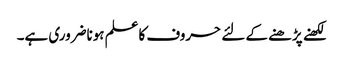
لکھنے پڑھنے کے لئے حروف کاعلم ہوناضروری ہے۔